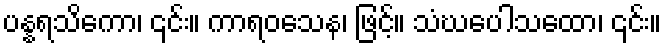
ပန္နရသိကော၊ ၎င်း။ ကာရဝသေန၊ ဖြင့်။ သံဃပေါသထော၊ ၎င်း။